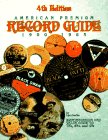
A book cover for American Premium Record Guide 78'S, 45's and Lp's: Identification and Values; L.R. Docks; Crafts, Hobbies & Home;